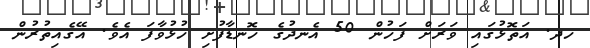
ހދ. އަތޮޅުގައި ވަރަށް ފަހުން 50 އެނދުގެ ހޮނޑާފުށި ހުޅުވާފަ އެވެ. އޭގެއިތުރުން